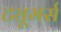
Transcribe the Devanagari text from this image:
ट्यूमर्स